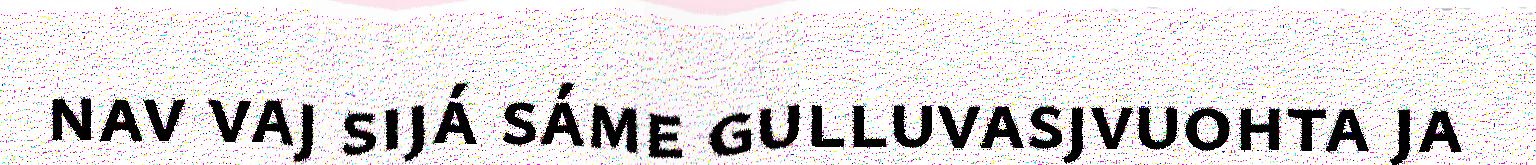
nav vaj sijá sáme gulluvasjvuohta ja